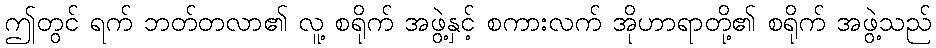
ဤတွင် ရက် ဘတ်တလာ၏ လူ့ စရိုက် အဖွဲ့နှင့် စကားလက် အိုဟာရာတို့၏ စရိုက် အဖွဲ့သည်